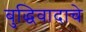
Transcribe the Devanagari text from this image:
बुद्धिवादाचे